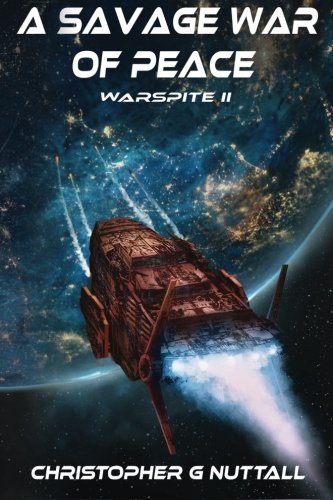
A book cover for A Savage War Of Peace (Ark Royal) (Volume 5); Mr Christopher G Nuttall; Science Fiction & Fantasy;